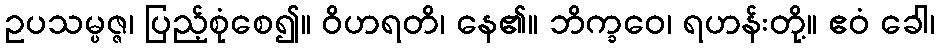
ဥပသမ္ပဇ္ဇ၊ ပြည့်စုံစေ၍။ ဝိဟရတိ၊ နေ၏။ ဘိက္ခဝေ၊ ရဟန်းတို့။ ဧဝံ ခေါ၊